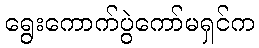
ရွေးကောက်ပွဲကော်မရှင်က